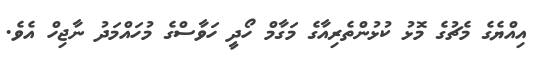
އިއްޔެގެ މެޗުގެ މޮޅު ކުޅުންތެރިއާގެ މަގާމް ހޯދީ ހަވާސްގެ މުހައްމަދު ނާޖިހް އެވެ.